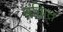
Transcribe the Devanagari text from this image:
ब्रह्मित